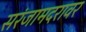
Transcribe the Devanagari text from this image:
सरंजामदरावर